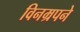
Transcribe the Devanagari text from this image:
विनम्रपने